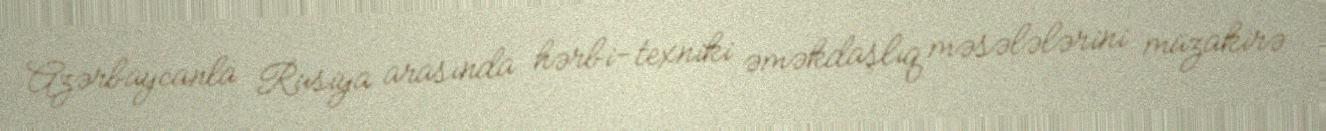
Azərbaycanla Rusiya arasında hərbi-texniki əməkdaşlıq məsələlərini müzakirə